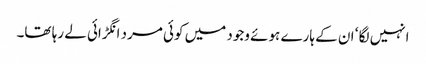
انہیں لگا ‘ ان کے ہارے ہوئے وجود میں کوئی مرد انگڑائی لے رہا تھا۔